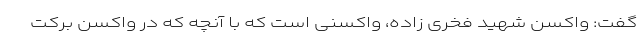
گفت: واکسن شهید فخری زاده، واکسنی است که با آنچه که در واکسن برکت